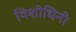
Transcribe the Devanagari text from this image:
विशोधिनी